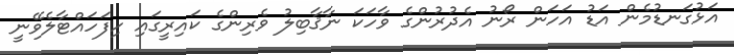
އަޅުގަނޑުމެން އަޑު އަހަން ރޯނު އެދުރުންގެ ވާހަކަ ނާޤާބިލު ވެރިންގެ ކައިރީގައި ހިފަހައްޓާލެވޭނީ